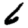
Digit: 6